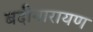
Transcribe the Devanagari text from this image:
बदीनारायण